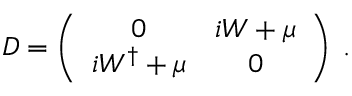
{ \cal D } = \left( \begin{array} { c c } { { 0 } } & { { i W + \mu } } \\ { { i W ^ { \dagger } + \mu } } & { { 0 } } \end{array} \right) \: .